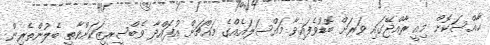
ޚާއްސަކޮށް މިއީ ރާއްޖޭގައި ވަރަށް ބޮޑުވެފައިވާ މައްސަލައެއްގެ މައްޗަށް އުފައްދާ ވެބްސީރީޒަކަށްވާތީ ބެލުންތެރިން